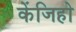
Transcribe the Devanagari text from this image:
केंजिहो